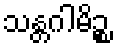
သန္တဂါမိဉ္စ